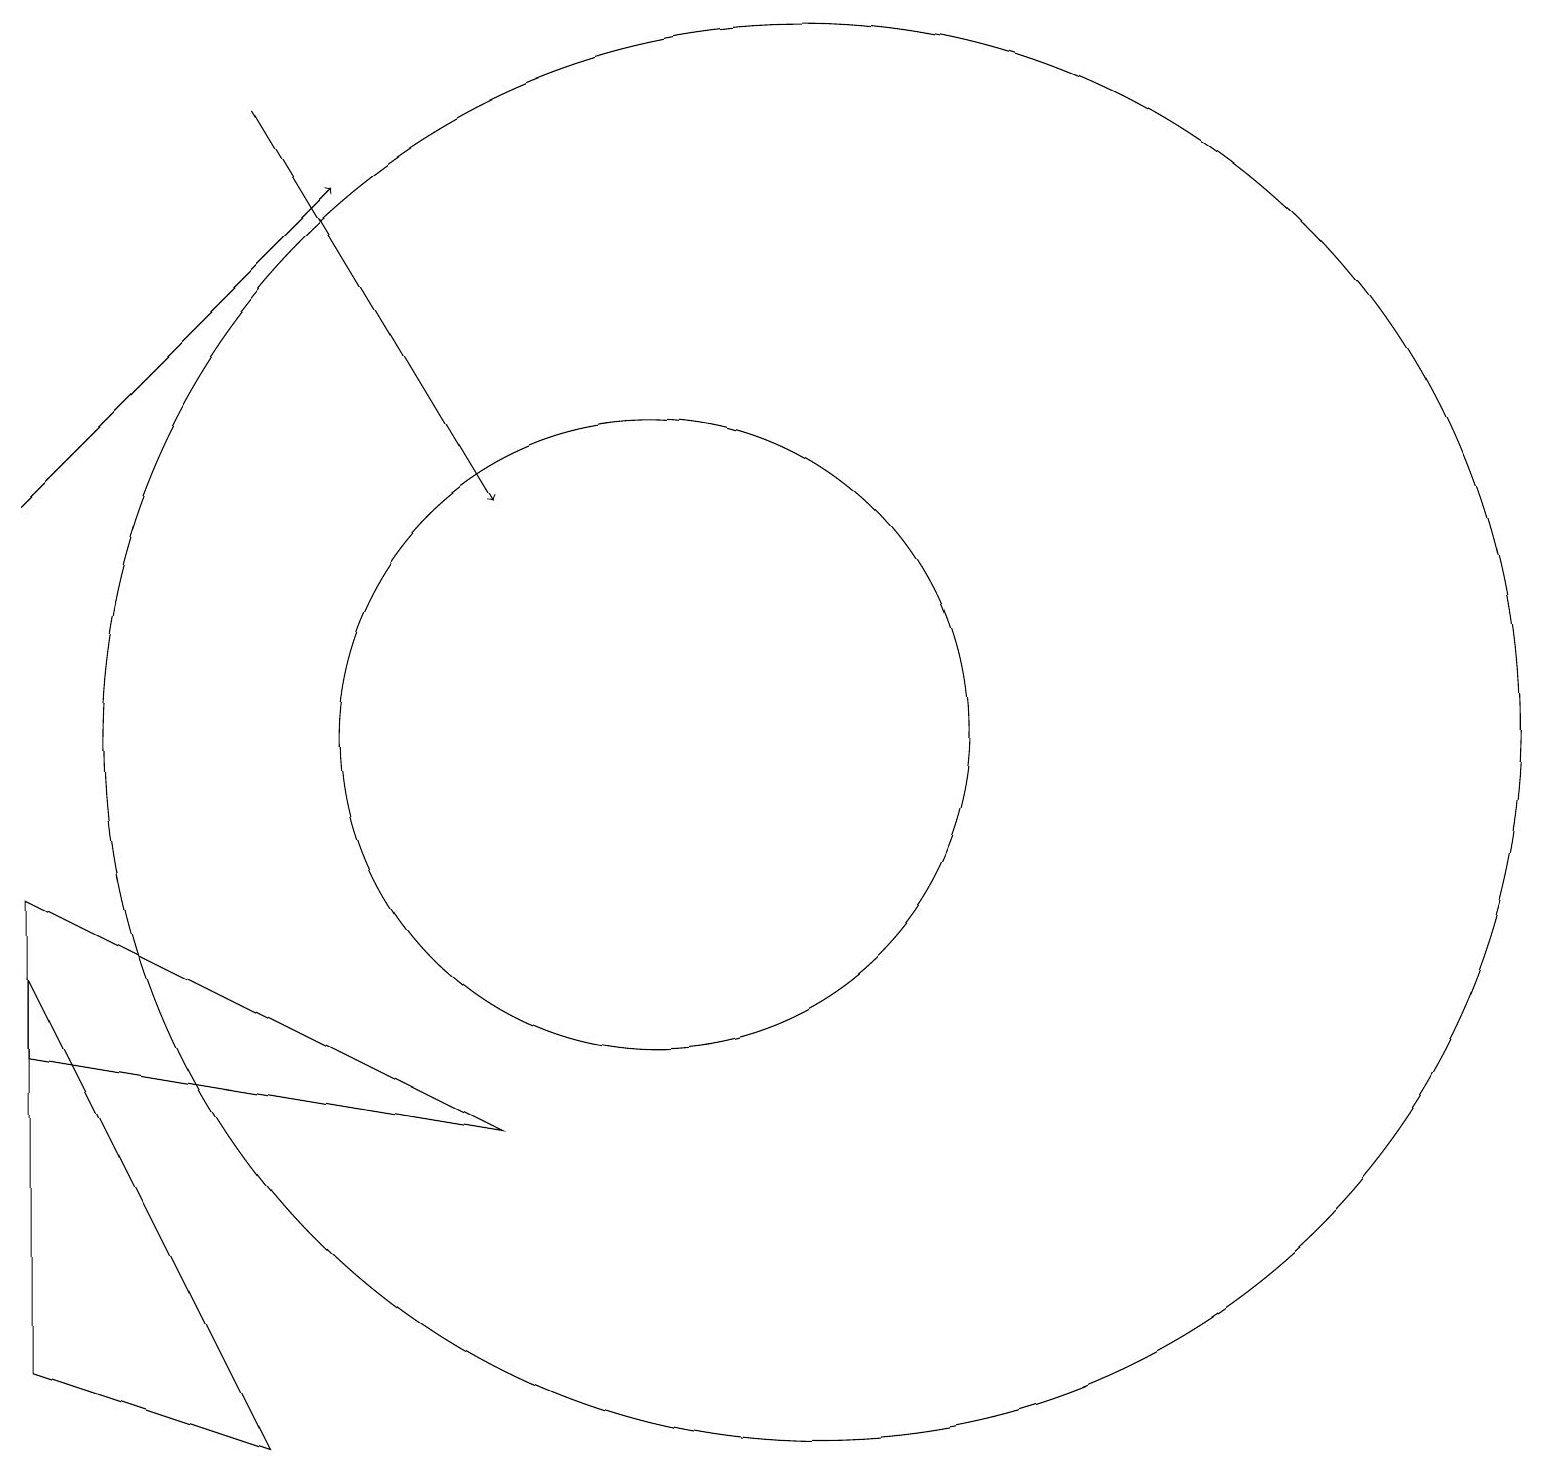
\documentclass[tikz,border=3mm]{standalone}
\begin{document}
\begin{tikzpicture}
\draw[->] (2,14) -- (6,18);
\draw (2,8) -- (2,3) -- (5,2) -- cycle;
\draw (10,11) circle (4);
\draw (2,7) -- (8,6) -- (2,9) -- cycle;
\draw[->] (5,19) -- (8,14);
\draw (12,11) circle (9);
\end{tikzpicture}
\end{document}